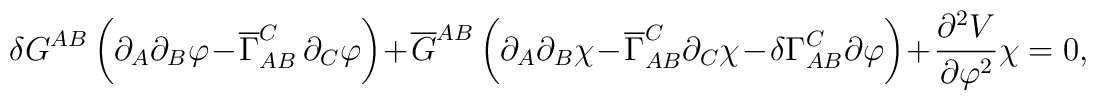
\delta G^{A B} \,\biggl( \partial_{A} \partial_{B} \varphi -\overline{\Gamma}_{A B}^{C}\, \partial_{C} \varphi \biggr) + \overline{G}^{A B} \,\biggl( \partial_{A} \partial_{B} \chi - \overline{\Gamma}_{A B}^{C} \partial_{C} \chi  - \delta \Gamma^{C}_{A B} \partial\varphi\biggr) + \frac{\partial^2 V}{\partial \varphi^2}\chi=0,